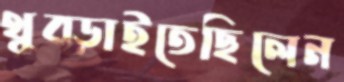
থুব্‌ড়াইতেছিলেন